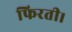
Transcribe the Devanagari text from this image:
फिरती।